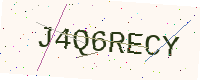
Text: J4Q6RECY